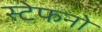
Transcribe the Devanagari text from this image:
स्टेफनो